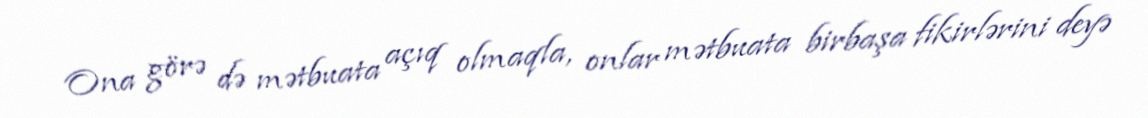
Ona görə də mətbuata açıq olmaqla, onlar mətbuata birbaşa fikirlərini deyə